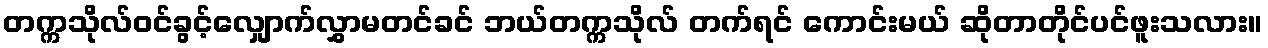
တက္ကသိုလ်ဝင်ခွင့်လျှောက်လွှာမတင်ခင် ဘယ်တက္ကသိုလ် တက်ရင် ကောင်းမယ် ဆိုတာတိုင်ပင်ဖူးသလား။